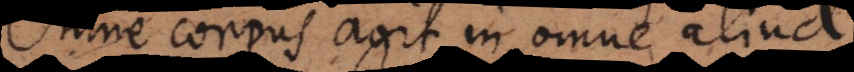
Omne corpus agit in omne aliud